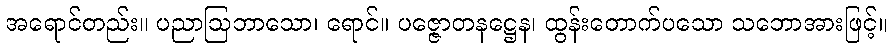
အရောင်တည်း။ ပညာဩဘာသော၊ ရောင်။ ပဇ္ဇောတနဋ္ဌေန၊ ထွန်းတောက်ပသော သဘောအားဖြင့်။